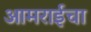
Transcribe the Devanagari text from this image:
आमराईचा